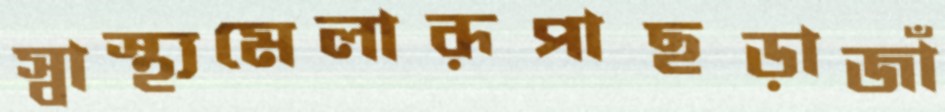
স্বাস্থ্যমেলারূপাছড়াজাঁ